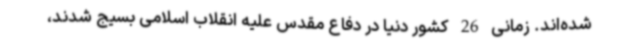
شده‌اند. زمانی 26 کشور دنیا در دفاع مقدس علیه انقلاب اسلامی بسیج شدند،